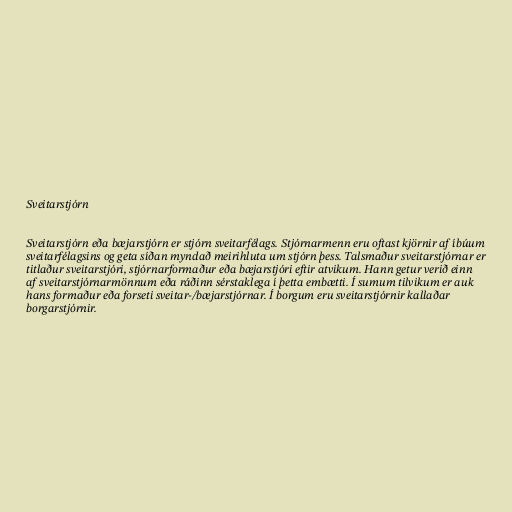
Sveitarstjórn

Sveitarstjórn eða bæjarstjórn er stjórn sveitarfélags. Stjórnarmenn eru oftast kjörnir af íbúum
sveitarfélagsins og geta síðan myndað meirihluta um stjórn þess. Talsmaður sveitarstjórnar er
titlaður sveitarstjóri, stjórnarformaður eða bæjarstjóri eftir atvikum. Hann getur verið einn
af sveitarstjórnarmönnum eða ráðinn sérstaklega í þetta embætti. Í sumum tilvikum er auk
hans formaður eða forseti sveitar-/bæjarstjórnar. Í borgum eru sveitarstjórnir kallaðar
borgarstjórnir.